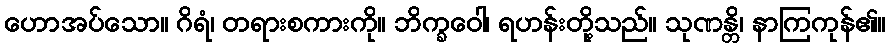
ဟောအပ်သော။ ဂိရံ၊ တရားစကားကို။ ဘိက္ခဝေါ၊ ရဟန်းတို့သည်။ သုဏန္တိ၊ နာကြကုန်၏။